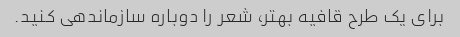
برای یک طرح قافیه بهتر، شعر را دوباره سازماندهی کنید.